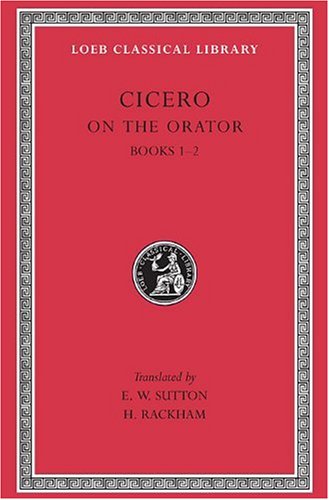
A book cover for Cicero: On the Orator, Books I-II (Loeb Classical Library No. 348) (English and Latin Edition); Cicero; Reference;